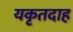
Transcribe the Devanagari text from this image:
यकृतदाह